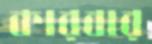
কারবার